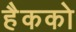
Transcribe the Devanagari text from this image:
हैकको